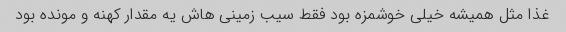
غذا مثل همیشه خیلی خوشمزه بود فقط سیب زمینی هاش یه مقدار کهنه و مونده بود